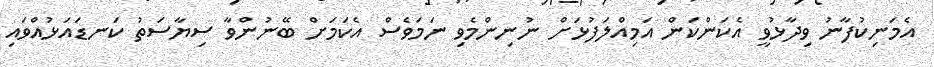
އެމަނިކުފާނު ވިދާޅުވީ އެކަންކަން އަމިއްލަފުޅަށް ނުނިންމެވި ނަމަވެސް އެކަމަށް ބޭނުންވާ ސިޔާސަތު ކަނޑައަޅުއްވައި